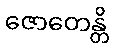
ဇောတေန္တိ